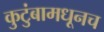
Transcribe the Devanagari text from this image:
कुटुंबामधूनच